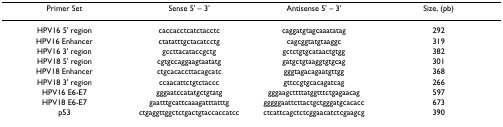
| Primer Set | Sense 5' – 3' | Antisense 5' – 3' | Size, (pb) |
 | --- | --- | --- | --- |
 | HPV16 5' region | caccacctcatctacctc | caggatgtagcaaatatag | 292 |
 | HPV16 Enhancer | ctatatttgctacatcctg | cagcggtatgtaaggc | 319 |
 | HPV16 3' region | gccttacataccgctg | gctctgtgcataactgtgg | 382 |
 | HPV18 5' region | cgtgccaggaagtaatatg | gatgctgtaaggtgtgcag | 301 |
 | HPV18 Enhancer | ctgcacaccttacagcatc | gggtagacagaatgttgg | 368 |
 | HPV18 3' region | ccaacattctgtctaccc | gttccgtgcacagatcag | 266 |
 | HPV16 E6-E7 | gggaatccatatgctgtatg | gggaagcttttatggtttctgagaacag | 597 |
 | HPV18 E6-E7 | gaatttgcattcaaagatttatttg | gggggaattcttactgctgggatgcacacc | 673 |
 | p53 | ctgaggttggctctgactgtaccaccatcc | ctcattcagctctcggaacatctcgaagcg | 390 |